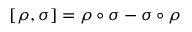
[ \rho , \sigma ] = \rho \circ \sigma - \sigma \circ \rho